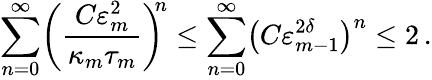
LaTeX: \sum_{n=0}^{\infty}\biggl(\frac{C\varepsilon_{m}^{2}}{\kappa_{m}\tau_{m}}\biggr)^{\! \! n}\leq\sum_{n=0}^{\infty}\bigl(C\varepsilon_{m-1}^{2\delta}\bigr)^{n}\leq 2\, .